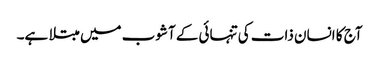
آج کا انسان ذات کی تنہائی کے آشوب میں مبتلا ہے۔